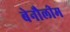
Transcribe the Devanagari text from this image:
बेनौलीम